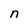
Character: n